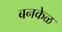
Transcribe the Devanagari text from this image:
बनकेळ